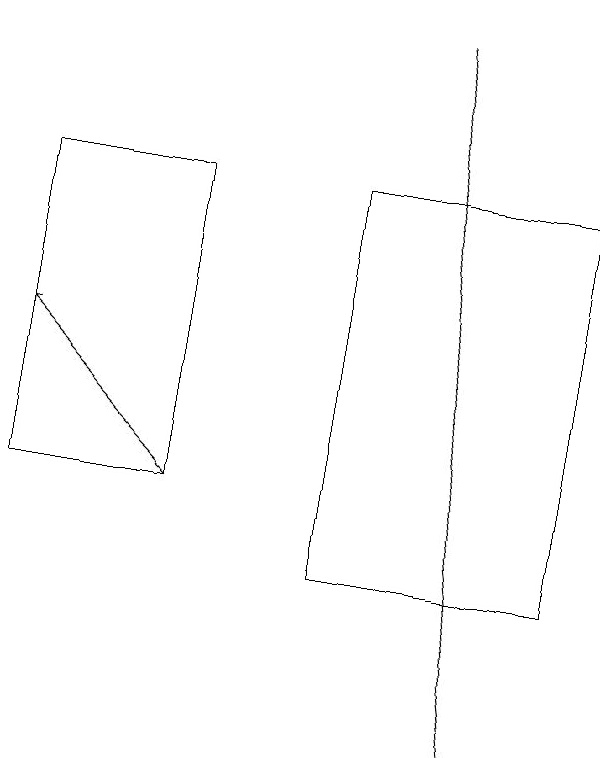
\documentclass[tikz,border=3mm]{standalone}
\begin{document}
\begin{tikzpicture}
\draw[->] (3,13) -- (1,15);
\draw[->] (6,19) -- (7,10);
\draw (3,13) rectangle (1,17);
\draw (8,12) rectangle (5,17);
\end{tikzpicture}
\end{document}